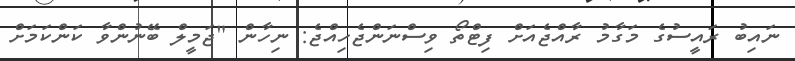
ނައިބު ރައީސުގެ މަގާމު ރާއްޖެއަށް ފިޓްތޯ ވިސްނަންޖެހިއްޖެ: ނިހާން "ޖަމީލް ބޭނުންވާ ކަންކަމަށް